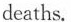
deaths.